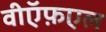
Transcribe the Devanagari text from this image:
वीऍफ़एल